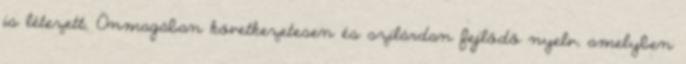
is létezett. Önmagában következetesen és szilárdan fejlődő nyelv, amelyben